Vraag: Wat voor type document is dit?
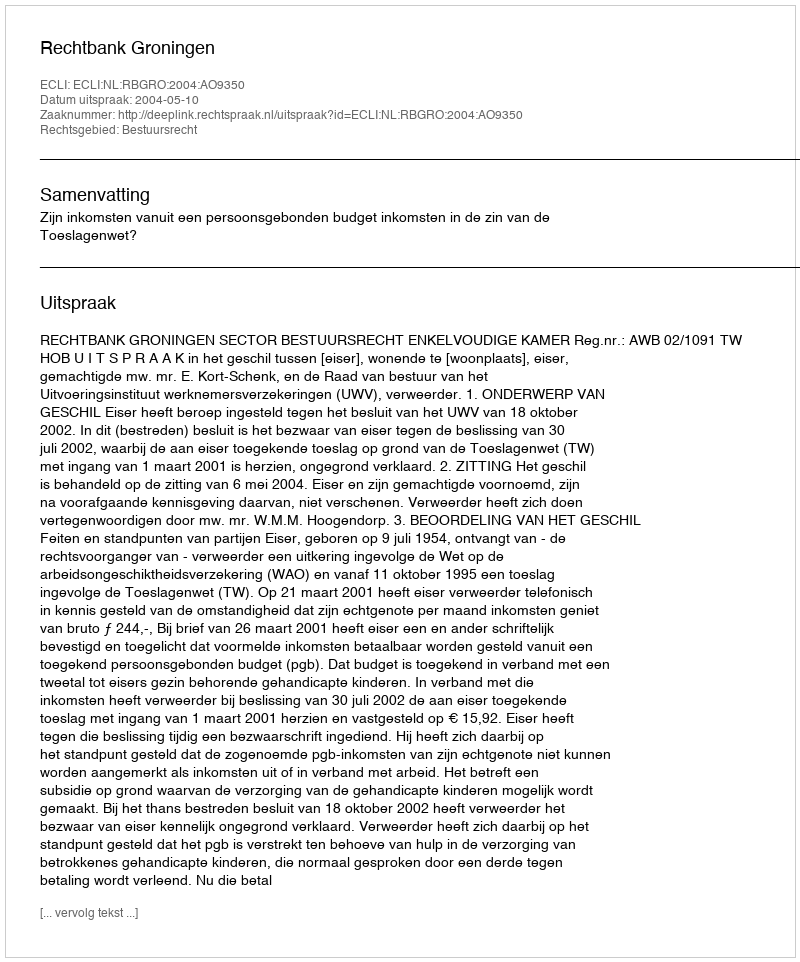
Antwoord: Uitspraak